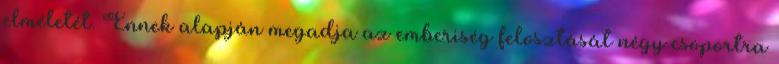
elméletét. Ennek alapján megadja az emberiség felosztását négy csoportra